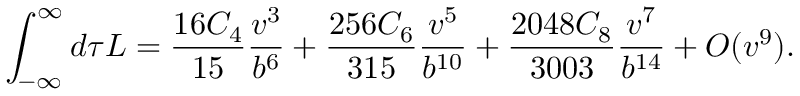
\int _ { - \infty } ^ { \infty } d \tau { \cal L } = \frac { 1 6 C _ { 4 } } { 1 5 } \frac { v ^ { 3 } } { b ^ { 6 } } + \frac { 2 5 6 C _ { 6 } } { 3 1 5 } \frac { v ^ { 5 } } { b ^ { 1 0 } } + \frac { 2 0 4 8 C _ { 8 } } { 3 0 0 3 } \frac { v ^ { 7 } } { b ^ { 1 4 } } + O ( v ^ { 9 } ) .